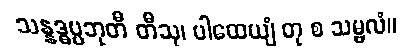
သန္နဒ္ဓပ္ပဘုတီ တီသု၊ ပါထေယျံ တု စ သမ္ဗလံ။